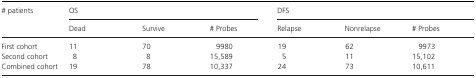
<table><thead><tr><td rowspan="2"><b># patients</b></td><td colspan="3"><b>OS</b></td><td colspan="3"><b>DFS</b></td></tr><tr><td><b>Dead</b></td><td><b>Survive</b></td><td><b># Probes</b></td><td><b>Relapse</b></td><td><b>Nonrelapse</b></td><td><b># Probes</b></td></tr></thead><tbody><tr><td>First cohort</td><td>11</td><td>70</td><td>9980</td><td>19</td><td>62</td><td>9973</td></tr><tr><td>Second cohort</td><td>8</td><td>8</td><td>15,589</td><td>5</td><td>11</td><td>15,102</td></tr><tr><td>Combined cohort</td><td>19</td><td>78</td><td>10,337</td><td>24</td><td>73</td><td>10,611</td></tr></tbody></table>